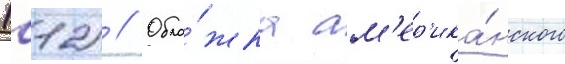
1в12) // Обло́жка ам'ер'ика́нского